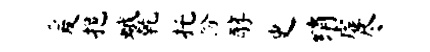
爰挹蛾乾托份醇史绡虚尽